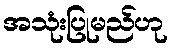
အသုံးပြုမည်ဟု